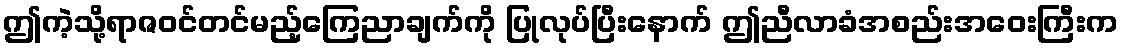
ဤကဲ့သို့ရာဇဝင်တင်မည့်ကြေညာချက်ကို ပြုလုပ်ပြီးနောက် ဤညီလာခံအစည်းအဝေးကြီးက